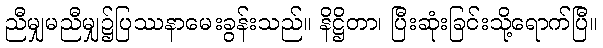
ညီမျှမညီမျှ၌ပြဿနာမေးခွန်းသည်။ နိဋ္ဌိတာ၊ ပြီးဆုံးခြင်းသို့ရောက်ပြီ။